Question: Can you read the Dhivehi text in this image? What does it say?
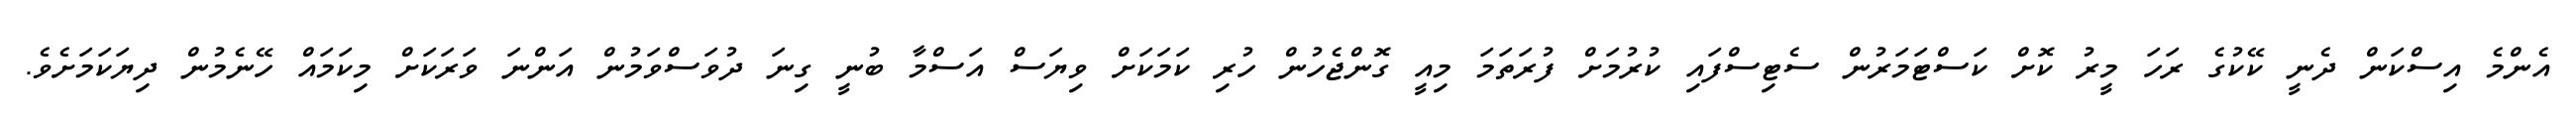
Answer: އެންމެ އިސްކަން ދެނީ ކޭކުގެ ރަހަ މީރު ކޮށް ކަސްޓަމަރުން ސެޓިސްފައި ކުރުމަށް ފުރަތަމަ މިއީ ގޮންޖެހުން ހުރި ކަމަކަށް ވިޔަސް އަސްމާ ބުނީ ގިނަ ދުވަސްވަމުން އަންނަ ވަރަކަށް މިކަމައް ހޭނެމުން ދިޔަކަމަށެވެ.